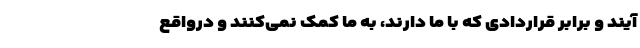
آیند و برابر قراردادی که با ما دارند، به ما کمک نمی‌کنند و درواقع